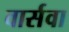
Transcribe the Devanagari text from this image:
वार्सवा